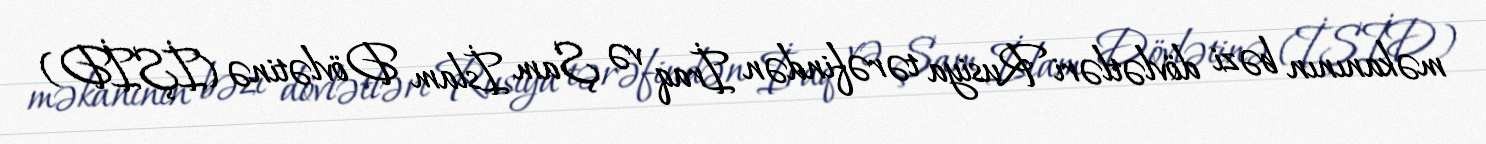
məkanının bəzi dövlətləri Rusiya tərəfindən İraq və Şam İslam Dövlətinə (İŞİD)